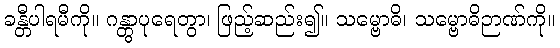
ခန္တီပါရမီကို။ ဂန္တွာပုရေတွာ၊ ဖြည့်ဆည်း၍။ သမ္ဗောဓိ၊ သမ္ဗောဓိဉာဏ်ကို။